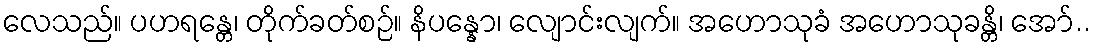
လေသည်။ ပဟရန္တေ၊ တိုက်ခတ်စဉ်။ နိပန္နော၊ လျောင်းလျက်။ အဟောသုခံ အဟောသုခန္တိ၊ အော်..